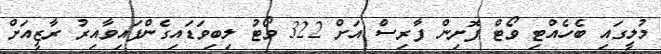
މުލީގައި ބެހެއްޓި ވޯޓް ފޮށިން ފާރިސް އަށް 322 ވޯޓު ލިބިވަޑައިގެންފައިވާއިރު ރާޒީއަށް